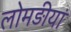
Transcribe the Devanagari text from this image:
लोमड़ीयां